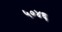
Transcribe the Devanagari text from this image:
५०४६